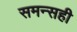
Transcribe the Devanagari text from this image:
समन्सही